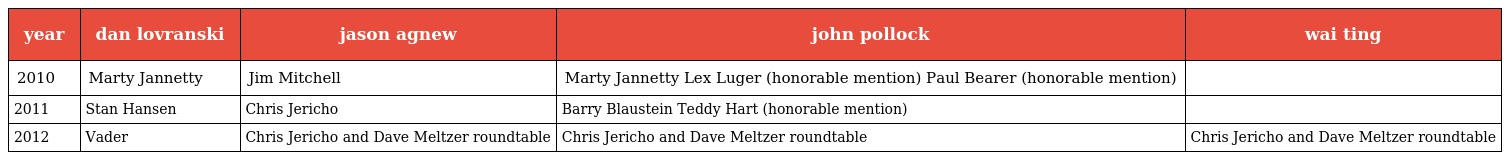
| year | dan lovranski | jason agnew | john pollock | wai ting |
 | --- | --- | --- | --- | --- |
 | 2010 | Marty Jannetty | Jim Mitchell | Marty Jannetty Lex Luger (honorable mention) Paul Bearer (honorable mention) |  |
 | 2011 | Stan Hansen | Chris Jericho | Barry Blaustein Teddy Hart (honorable mention) |  |
 | 2012 | Vader | Chris Jericho and Dave Meltzer roundtable | Chris Jericho and Dave Meltzer roundtable | Chris Jericho and Dave Meltzer roundtable |